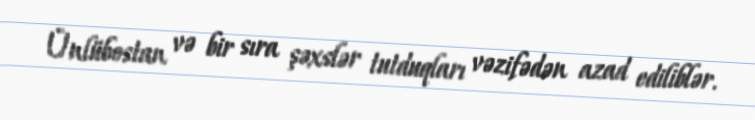
Ünlübostan və bir sıra şəxslər tutduqları vəzifədən azad ediliblər.